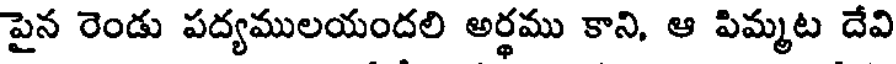
పైన రెండు పద్యములయందలి అర్థము కాని, ఆ పిమ్మట దేవి